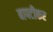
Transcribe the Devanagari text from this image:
बापटीकर